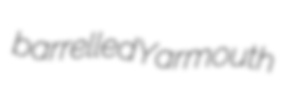
barrelled Yarmouth